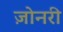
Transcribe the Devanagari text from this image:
ज़ोनरी